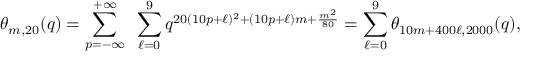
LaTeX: \theta _ { m , 2 0 } ( q ) = \sum _ { p = - \infty } ^ { + \infty } ~ \sum _ { \ell = 0 } ^ { 9 } q ^ { 2 0 ( 1 0 p + \ell ) ^ { 2 } + ( 1 0 p + \ell ) m + \frac { m ^ { 2 } } { 8 0 } } = \sum _ { \ell = 0 } ^ { 9 } \theta _ { 1 0 m + 4 0 0 \ell , 2 0 0 0 } ( q ) ,